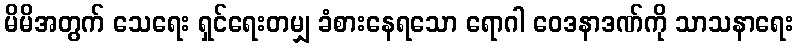
မိမိအတွက် သေရေး ရှင်ရေးတမျှ ခံစားနေရသော ရောဂါ ဝေဒနာဒဏ်ကို သာသနာရေး